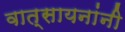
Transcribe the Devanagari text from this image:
वात्सायनांनी